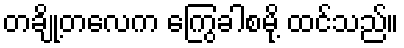
တချို့တလေက ကြွေခါစမို့ ထင်သည်။